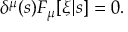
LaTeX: \delta ^ { \mu } ( s ) F _ { \mu } [ \xi | s ] = 0 .